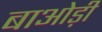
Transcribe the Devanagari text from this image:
बाओड़ी